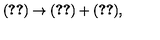
( \ref { z e r o f } ) \rightarrow ( \ref { z e r o f } ) + ( \ref { s z e r o f } ) ,